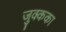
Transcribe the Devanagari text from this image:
जुक्कका